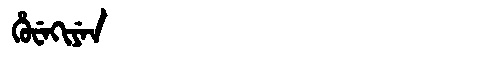
Manchu: ᡥᡠᠸᡝᡴᡳᠶᡝᠨ
Romanization: HUWEKIYEN